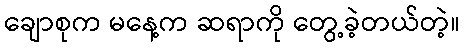
ချောစုက မနေ့က ဆရာကို တွေ့ခဲ့တယ်တဲ့။